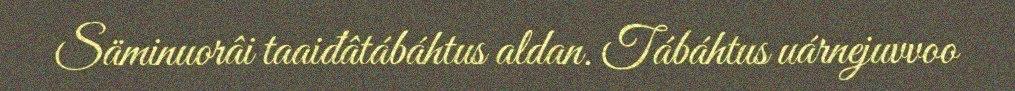
Säminuorâi taaiđâtábáhtus aldan. Tábáhtus uárnejuvvoo